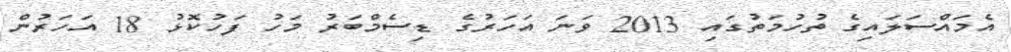
އެމައްސަލައިގެ ތުހުމަތުގައި 2013 ވަނަ އަހަރުގެ ޑިސެމްބަރު މަހު ފަހުކޮޅު 18 އަހަރުން